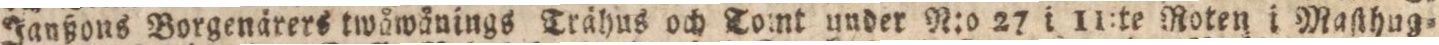
Janßons Borgenärers twåwånings Trähus och Tomt under N:o 27 i 11:te Roten i Masthug-